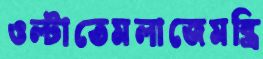
ওল্‌টাতেমলাজেমন্ত্রি